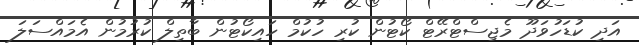
އަދި ކުޑަހުވަދޫ މެޖިސްޓްރޭޓް ކޯޓުން ކުރި ހުކުމް ހައިކޯޓުން ބާތިލް ކުރުމުން އެމައްސަލަ